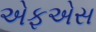
એફએસ